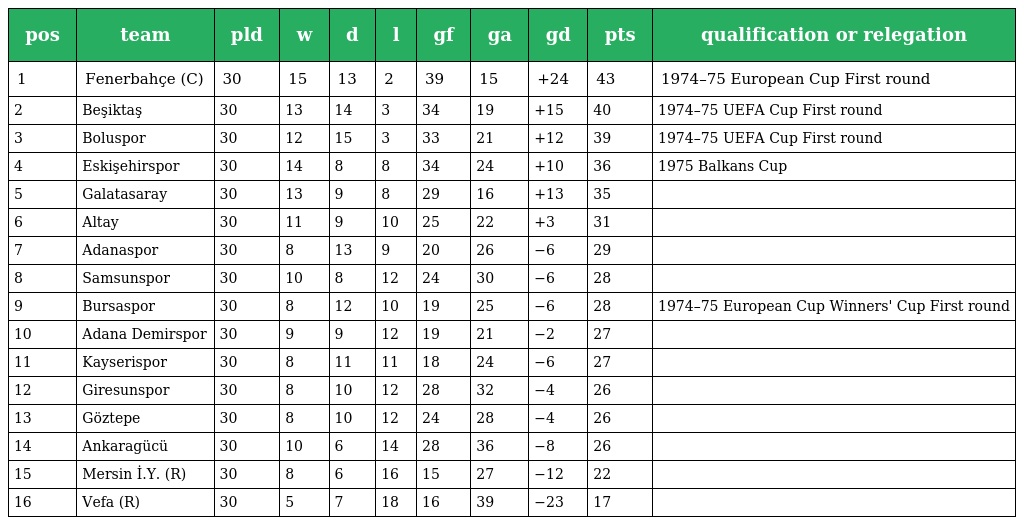
| pos | team | pld | w | d | l | gf | ga | gd | pts | qualification or relegation |
 | --- | --- | --- | --- | --- | --- | --- | --- | --- | --- | --- |
 | 1 | Fenerbahçe (C) | 30 | 15 | 13 | 2 | 39 | 15 | +24 | 43 | 1974–75 European Cup First round |
 | 2 | Beşiktaş | 30 | 13 | 14 | 3 | 34 | 19 | +15 | 40 | 1974–75 UEFA Cup First round |
 | 3 | Boluspor | 30 | 12 | 15 | 3 | 33 | 21 | +12 | 39 | 1974–75 UEFA Cup First round |
 | 4 | Eskişehirspor | 30 | 14 | 8 | 8 | 34 | 24 | +10 | 36 | 1975 Balkans Cup |
 | 5 | Galatasaray | 30 | 13 | 9 | 8 | 29 | 16 | +13 | 35 |  |
 | 6 | Altay | 30 | 11 | 9 | 10 | 25 | 22 | +3 | 31 |  |
 | 7 | Adanaspor | 30 | 8 | 13 | 9 | 20 | 26 | −6 | 29 |  |
 | 8 | Samsunspor | 30 | 10 | 8 | 12 | 24 | 30 | −6 | 28 |  |
 | 9 | Bursaspor | 30 | 8 | 12 | 10 | 19 | 25 | −6 | 28 | 1974–75 European Cup Winners' Cup First round |
 | 10 | Adana Demirspor | 30 | 9 | 9 | 12 | 19 | 21 | −2 | 27 |  |
 | 11 | Kayserispor | 30 | 8 | 11 | 11 | 18 | 24 | −6 | 27 |  |
 | 12 | Giresunspor | 30 | 8 | 10 | 12 | 28 | 32 | −4 | 26 |  |
 | 13 | Göztepe | 30 | 8 | 10 | 12 | 24 | 28 | −4 | 26 |  |
 | 14 | Ankaragücü | 30 | 10 | 6 | 14 | 28 | 36 | −8 | 26 |  |
 | 15 | Mersin İ.Y. (R) | 30 | 8 | 6 | 16 | 15 | 27 | −12 | 22 |  |
 | 16 | Vefa (R) | 30 | 5 | 7 | 18 | 16 | 39 | −23 | 17 |  |